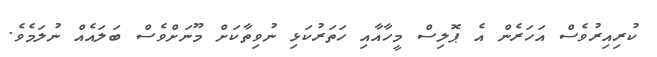
ކުރިއިރުވެސް އަހަރެން އެ ޕޮލިސް މީހާއާއި ހަތަރުކަޅި ނުވިތާކަށް މޫނަށްވެސް ބަލައެއް ނުލަމެވެ.